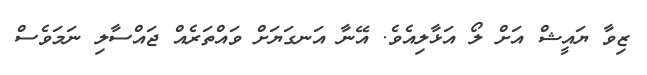
ޒިވާ ޔައީޝް އަށް ލޯ އަޅާލިއެވެ. އޭނާ އަނގަޔަށް ވައްތަރެއް ޖައްސާލި ނަމަވެސް